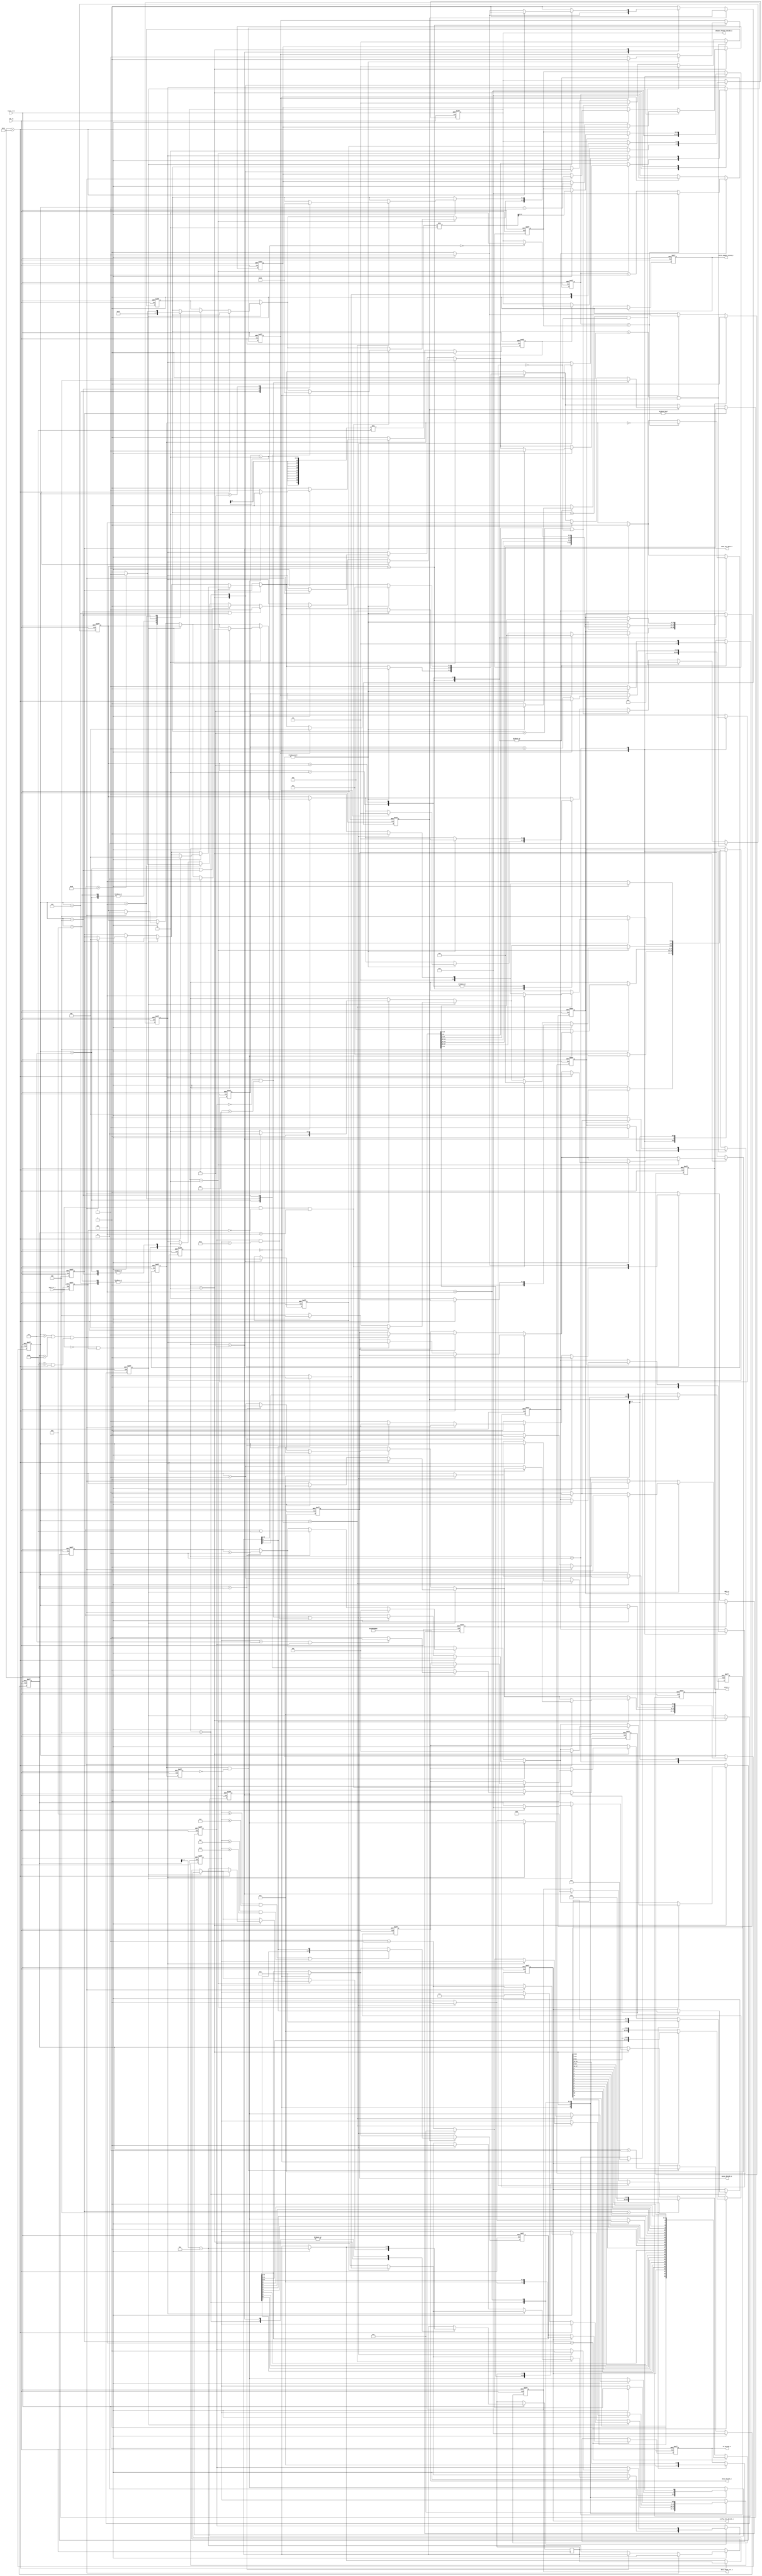
module sent_rx_pulse_decode (
	//clk rx and reset_n_rx
	input clk_rx,
	input reset_n_rx,

	//input from sent tx
	input sent_rx_i,
	
	//output to crc check
	output reg [29:0] data_check_crc_o,
	output reg [2:0] done_pre_data_o,
	
	//output to sent rx control
	output reg [1:0] channel_format_decode_o,
	output reg [7:0] id_decode_o,
	output reg [15:0] data_decode_o,
	output reg pause_decode_o,
	output reg config_bit_decode_o,
	output reg start_o,
	//output to store fifo
	output reg write_enable_store_o,
	output reg [11:0] data_o
	
	);
	
	localparam IDLE = 3'b000;
	localparam CALIBRATION = 3'b001;
	localparam CHECK = 3'b010;
	localparam STATUS = 3'b011;
	localparam DATA = 3'b100;
	localparam PAUSE = 3'b101;	

	reg prev_data_clk;
	reg ticks;
	reg [10:0] b;
	reg [20:0] counter2;
	reg [10:0] count;
	reg [2:0] state_rx;
	reg [10:0] count_data;
	reg [5:0] count_frame;
	reg [7:0] saved_bit3_status;
	reg [17:0] saved_bit2_status;
	reg done_decode_statuss;
	reg done_one_nibble;
	reg [3:0] count_nibbles;
	reg first_frame;
	reg [2:0] count_enable;
	reg count_store;
	reg [1:0] done_data_to_fifo;
	reg [11:0] count_frame_ticks;
	reg start_gen_ticks;
	reg check_channel_format;
	reg saved_channel_format;
	reg [1:0] done_state_data;
	reg prev_ticks;
	reg check_next_nibble;
	reg [3:0] store_nibble;
	reg pause;
	reg [3:0] data_nb;
    reg check_channel_fast;
	reg decode_config_bit;
	reg calib;

	always @(posedge clk_rx or negedge reset_n_rx) begin
		if(!reset_n_rx) begin
			prev_data_clk <= 0;
			ticks <= 0;
			b <= 0;
			counter2 <= 0;
			count <= 0;
 			state_rx <= IDLE;
			count_data <= 0;
			count_frame <= 0;
			saved_bit3_status <= 0;
			saved_bit2_status <= 0;
			done_decode_statuss <= 0;
			done_one_nibble <= 0;
			count_nibbles <= 0;
			first_frame <= 0;
			count_enable <= 0;
			done_data_to_fifo <= 0;
			count_frame_ticks <= 0;
			start_gen_ticks <= 0;
			check_channel_format <= 0;
			saved_channel_format <= 0;
			done_state_data <= 0;
			prev_ticks <= 0;
			check_next_nibble <= 0;
			store_nibble <= 0;
			pause <= 0;
    		calib <= 0;
			decode_config_bit <= 0;	
			data_check_crc_o <=0;
			done_pre_data_o <=0;
	 		channel_format_decode_o <=0;
	 		id_decode_o <=0;
	 		data_decode_o <=0;
	 		pause_decode_o <=0;
	 		config_bit_decode_o <=0;
	 		start_o <=0;
	 		write_enable_store_o <=0;
	 		data_o <= 0;
			check_channel_fast <= 0;	
			count_store <= 0;
		end
		else begin
			prev_ticks <= ticks; 
			prev_data_clk <= sent_rx_i;      

			case(state_rx)
				IDLE: begin	
					//change state
					if((sent_rx_i==0) && (prev_data_clk==1)) begin
						state_rx <= CALIBRATION;
						calib <= 1; //calibration for the first nibble
						start_o <= 1; //send announce to sent rx control
					end

					first_frame <= 0;
					count_frame <= 0;
					counter2 <= 0;
					start_gen_ticks <= 0;
					count <= 0;
					saved_bit3_status <= 0;
					saved_bit2_status <= 0;
					ticks <= 0;
					b <= 0;
				end

				CALIBRATION: begin
					count_nibbles <= 0;
					
					//frame dau tien, tinh toan lai ticks, roi tu frame sau state se la sync thong thuong
					if(calib) begin
						if((sent_rx_i==0) && (prev_data_clk==1)) begin
							state_rx <= STATUS;
							b <= (counter2-2)/56/2;	
							start_gen_ticks <= 1;
							calib <= 0;
						end
						else counter2 <= counter2 + 1;
					end else begin 
						if((sent_rx_i==0) && (prev_data_clk==1)) begin
							state_rx <= STATUS;
						end
					end
				end

				STATUS: begin
					data_check_crc_o <= 0;
					if((sent_rx_i==0) && (prev_data_clk==1)) begin
				
						if(!first_frame) begin state_rx <= CHECK; check_channel_fast <= 1; end
						else begin state_rx <= DATA; end
						if(count_frame == 7 && saved_channel_format) begin
							decode_config_bit <= 1;
						end
						data_nb <= count_data - 12;
						done_decode_statuss <= 1;
						
					end 
				end
				CHECK: begin
					if(check_channel_fast) begin 
						if( data_nb[3:2] == 2'b00 ) begin
							channel_format_decode_o <= 2'b10;
						end
					end
					first_frame <= 1;
					check_channel_format <= 1;

					if(check_next_nibble) begin
						if(count_data > 27) begin
							state_rx <= CALIBRATION;
							count_frame_ticks <= 0;
							count_data <= 0;	
							check_next_nibble <= 0;
							end
						else begin
							if ((sent_rx_i == 0) && (prev_data_clk == 1)) begin
								count_frame <= 1;
								state_rx <= DATA;
								check_next_nibble <= 0;
								count_data <= 0;
								count_nibbles <= 0;
								data_nb <= count_data -12;
								store_nibble <= count_nibbles -1;
								done_decode_statuss <= 1;
								count_data <= 0;
								count_frame_ticks <= 0;
								pause_decode_o <= pause;
	
								case(count_nibbles) 
									8: begin pause <= 1; done_state_data <= 2'b01; end
									6: begin pause <= 1; done_state_data <= 2'b10; end
									7: begin pause <= 0; done_state_data <= 2'b01; end
									4: begin pause <= 0; done_state_data <= 2'b11; end
									5: begin
										if(count_frame_ticks > 200) begin
											pause <= 1; done_state_data <= 2'b11;
										end
										else begin pause <= 0; done_state_data <= 2'b10; end 
									end
								endcase

								if(count_nibbles == 8 || count_nibbles == 6) begin 
									pause <= 1;
								end
								else if(count_nibbles == 7 || count_nibbles == 4)begin
									pause <= 0;
								end
								else if(count_nibbles == 5) begin 
									if(count_frame_ticks > 200) begin
										pause <= 1;
									end
									else pause <= 0;
								end
							end
						end
					end
					else begin
						if((ticks==1) && (prev_ticks==0)) begin
							count_frame_ticks <= count_frame_ticks + 1;
						end
						
						if ((sent_rx_i == 0) && (prev_data_clk == 1)) begin
							count_data <= 0;
							state_rx <= CHECK;
							if(count_nibbles > 7 || count_data > 56 || (count_data < 56 && count_data >27) ) begin 
									count_frame <= count_frame + 1; 
									state_rx <= CALIBRATION; 
									store_nibble <= count_nibbles - 1 ; 
									pause <= 1; 
									pause_decode_o <= 1;
									done_pre_data_o <= 3'b001;
									done_data_to_fifo <= 2'b01;
									count_frame_ticks <= 0;
									end
							else if(count_data == 56) begin check_next_nibble <= 1; count_frame_ticks <= count_frame_ticks - 56; end
							else begin data_nb <= count_data - 12; done_one_nibble <= 1; count_nibbles <= count_nibbles + 1; end
						end
					end
					if(channel_format_decode_o == 2'b10) begin
						channel_format_decode_o <= 2'b10;
						if((sent_rx_i==1) && (prev_data_clk==0) && (count_data == 5)) begin
							state_rx <= IDLE;
							case(count_nibbles)
								7: begin done_state_data <= 2'b01; data_decode_o <= 16'h001; end
								5: begin done_state_data <= 2'b10; data_decode_o <= 16'h003; end
								4: begin done_state_data <= 2'b11; data_decode_o <= 16'h002; end
							endcase
						end
						if ((sent_rx_i == 0) && (prev_data_clk == 1)) begin
							count_data <= 0;
							
							if(count_data > 27 ) begin 
									state_rx <= IDLE; 
									pause <= 1; 
									pause_decode_o <= 1;
									done_pre_data_o <= 3'b001;
									done_data_to_fifo <= 2'b01;
									count_frame_ticks <= 0;
							end
							else begin
								data_nb <= count_data - 12;
								state_rx <= CHECK;
								count_nibbles <= count_nibbles + 1;
							end
						end
					end 
				end
				DATA: begin
					
					//DECODE CHANNEL FORMAT = STATUS NIBBLE IN 2TH FRAME
					if(check_channel_format) begin
						check_channel_format <= 0;
						if(data_nb[3]) begin 
							channel_format_decode_o <= 2'b01; //enhanced
							saved_channel_format <= 1; 
						end
						else begin 
							channel_format_decode_o <= 2'b00; //serial
							saved_channel_format <= 0; end
					end
					
					//DECODE CONFIG BIT = STATUS NIBBLE IN 8TH FRAME
					if(decode_config_bit) config_bit_decode_o <= data_nb[3];
					
					if ((sent_rx_i==0) && (prev_data_clk == 1)) begin
						data_nb <= count_data - 12;
						count_data <= 0;
						done_one_nibble <= 1;

						if(count_nibbles == store_nibble) begin
							//PRE DATA FAST
							case(count_nibbles)
								6: begin done_state_data <= 2'b01; end
								4: begin done_state_data <= 2'b10; end
								3: begin done_state_data <= 2'b11; end
							endcase

						//STATE -> PAUSE OR SYNC
							if(pause) begin state_rx <= PAUSE;  end
							else begin 
								if( (!saved_channel_format && count_frame == 15) || (saved_channel_format && count_frame == 17) ) begin 
									state_rx <= IDLE; 
									saved_channel_format <= 0; 
									first_frame <= 0;
									count_frame <= 0;
									count_nibbles <= 0;
								end
								else begin
									state_rx <= CALIBRATION; 
									count_frame <= count_frame + 1; 
								end
							end
						end
						else begin
							count_nibbles <= count_nibbles + 1;
						end
					end
					else begin 
						state_rx <= DATA; 
					end 
				end

				PAUSE: begin
					if ( (sent_rx_i == 0) && (prev_data_clk == 1) ) begin
						if( (!saved_channel_format && count_frame == 15) || (saved_channel_format && count_frame == 17) ) begin 
							state_rx <= IDLE; 
							saved_channel_format <= 0; 
							first_frame <= 0;
							count_frame <= 0;
							pause <= 0;
							count_nibbles <= 0;
						end
						else begin
							state_rx <= CALIBRATION;
							count_frame <= count_frame + 1;	
						end
					end
					else state_rx <= PAUSE;
				end
			endcase
			
			case(done_data_to_fifo)
				2'b01: begin
					if(count_enable) begin
						write_enable_store_o <= 1;
						count_enable <= 0;
						if(!count_store) begin
							data_o <= data_check_crc_o[27:16]; 
							count_store <= 1; 
						end else begin 
							data_o <= data_check_crc_o[15:4]; 
							count_store <= 0; 
							done_data_to_fifo <= 0;
							done_pre_data_o <= 3'b001;
						end
						end
					else begin count_enable <= 1; end
				end

				2'b10: begin
					if(count_enable) begin
						write_enable_store_o <= 1;
						count_enable <= 0;
						data_o <= {data_check_crc_o[18:16],data_check_crc_o[14:12],data_check_crc_o[10:8],data_check_crc_o[6:4]}; 
						done_data_to_fifo <= 0;
						done_pre_data_o <= 3'b010;
					end
					else begin count_enable <= 1; end
				end

				2'b11: begin
					if(count_enable) begin
						write_enable_store_o <= 1;
						count_enable <= 0;
						data_o <= data_check_crc_o[15:4]; 
						done_data_to_fifo <= 0;
						done_pre_data_o <= 3'b011;
					end
					else begin count_enable <= 1; end
				end
			endcase

			if(start_gen_ticks) begin
				if (count == b) begin
					ticks <= ~ticks;
					count <= 0;
				end
				else count <= count + 1;
			end

			//dem suon duong tick
			if((ticks==1) && (prev_ticks==0)) begin
				count_data <= count_data + 1;
			end

			//khi ket thuc 1 state, count_data = 0
			if((sent_rx_i==0) && (prev_data_clk==1)) begin
				count_data <= 0;
			end

			//luu status
			if(done_decode_statuss) begin
				if( (count_frame >= 8 && count_frame <= 11) || (count_frame >= 13 && count_frame <= 16) ) begin saved_bit3_status <= {saved_bit3_status,data_nb[3]}; end
				saved_bit2_status <= {saved_bit2_status,data_nb[2]};
				done_decode_statuss <= 0;
				if(!saved_channel_format && count_frame == 15) begin done_pre_data_o <= 3'b100; end
				else if(saved_channel_format && count_frame == 17) begin done_pre_data_o <= 3'b101; end
			end

			//SHIFT DATA NIBBLE
			//SHIFT DATA NIBBLE			
			if(done_one_nibble) begin
				data_check_crc_o <= {data_check_crc_o,data_nb};
				done_one_nibble <= 0;
			end
			
			if(done_state_data == 2'b01 && !done_one_nibble) begin done_state_data <= 0;  done_data_to_fifo <= 2'b01;end
			else if(done_state_data == 2'b10 && !done_one_nibble) begin  done_state_data <= 0;  done_data_to_fifo <= 2'b10; end
			else if(done_state_data == 2'b11 && !done_one_nibble) begin done_state_data <= 0;  done_data_to_fifo <= 2'b11;end

			if(done_pre_data_o == 3'b100) begin
				data_check_crc_o <= saved_bit2_status[15:0];
				id_decode_o <= saved_bit2_status[15:12];
				data_decode_o <= saved_bit2_status[11:4];
			end

			if(done_pre_data_o == 3'b101) begin
				data_check_crc_o <= {saved_bit2_status[11], 1'b0, saved_bit2_status[10], config_bit_decode_o,
								saved_bit2_status[9], saved_bit3_status[7], saved_bit2_status[8], saved_bit3_status[6],
								saved_bit2_status[7], saved_bit3_status[5], saved_bit2_status[6], saved_bit3_status[4],
								saved_bit2_status[5], 1'b0, saved_bit2_status[4], saved_bit3_status[3],
								saved_bit2_status[3], saved_bit3_status[2], saved_bit2_status[2], saved_bit3_status[1],
								saved_bit2_status[1], saved_bit3_status[0], saved_bit2_status[0], 1'b0,
								saved_bit2_status[17], saved_bit2_status[16], saved_bit2_status[15], saved_bit2_status[14],
								saved_bit2_status[13], saved_bit2_status[12] };

				if(config_bit_decode_o) begin
					id_decode_o <= saved_bit3_status[7:4];
					data_decode_o <= {saved_bit3_status[3:0], saved_bit2_status[11:0]};
				end
				else begin
					id_decode_o <= saved_bit3_status;
					data_decode_o <= saved_bit2_status[11:0];
				end
			end

			//Turn off at next posedge clk_rx
			if(start_o) start_o <=0;	
			if(decode_config_bit) decode_config_bit <= 0;
			if(check_channel_fast) check_channel_fast <= 0;
			if(write_enable_store_o) write_enable_store_o <= 0;
			if(done_pre_data_o != 0) done_pre_data_o <= 3'b000;
		end
	end
endmodule